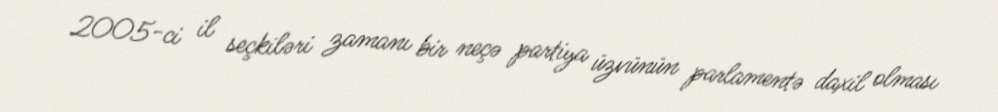
2005-ci il seçkiləri zamanı bir neçə partiya üzvünün parlamentə daxil olması